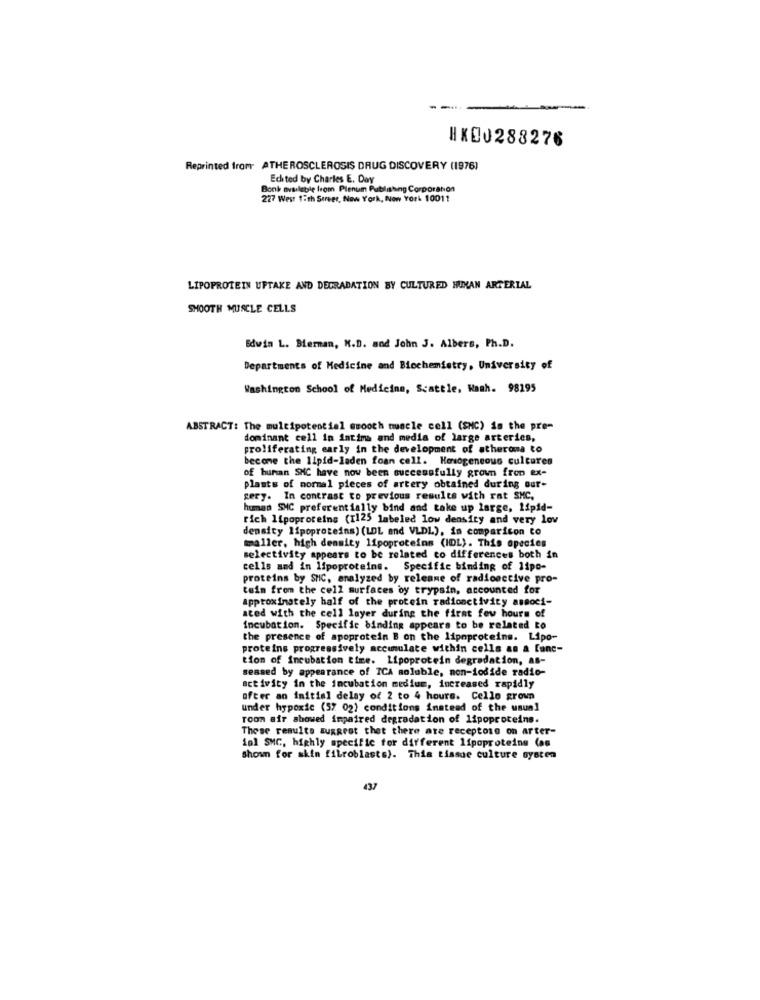
HKO0288276
Reprinted from ATHEROSCLEROSIS DRUG DISCOVERY (1976)
Echi ted by Charles E. Day
Bonk available from Plenum Publishing Corporation
227 West 1:th Street, New York, New York 10011
LIPOPROTEIN UPTAKE AND DEGRADATION BY CULTURED HUMAN ARTERIAL
SMOOTH MUSCLE CELLS
Edwin L. Bierman, K.D. and John J. Albers, Ph.D.
Departments of Medicine and Biochemistry, University of
Washington School of Medicine, Scattle, Wash. 98195
ABSTRACT: The multipotentiel smooth muscle cell (SNC) is the pre-
dominant cell in intims and media of large arteries,
proliferating early in the development of atheroma to
become the lipid-laden foan cell. Honsogeneous cultures
of human SHC have now been successfully grown from ex-
plants of normal pieces of artery obtained during our-
sery. In contrast to previous results with rat SMC,
human SMC preferentially bind and take up large, lipid-
rich lipoproteins (T125 labeled low density and very low
density lipoproteins) (LDL and VLDL), in comparison to
waller, high density lipoproteins (IDL). This species
selectivity appears to be related to differences both in
cells and in lipoproteins. Specific binding of 11po-
proteins by SMIC, analyzed by releane of radioactive pro-
tein from the cell surfaces by trypsin, accounted for
approximately half of the protein radionctivity associ-
ated with the cell layer during the first few hours of
incubation. Specific binding appears to be related to
the presence of apoprotein B on the lipoproteins. Lipo-
proteins progressively accumulate within cells an a fanc-
tion of incubation time. Lipoprotein degradation, as-
seased by appearance of ICA soluble, non-iodide radio-
activity in the incubation medium, increased rapidly
ofter an initial delay of 2 to 4 hours. Cello grown
under hypoxic (57 02) conditions instead of the usual
room air showed impaired degradation of lipoproteins.
These results suggest thet there are receptoss on arter-
iol SMC, highly specific for different lipoproteins (as
Shown for skin fibroblasts). This tissue culture system
437